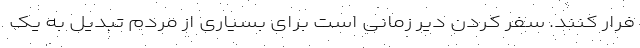
فرار کنند. سفر کردن دیر زمانی است برای بسیاری از مردم تبدیل به یک